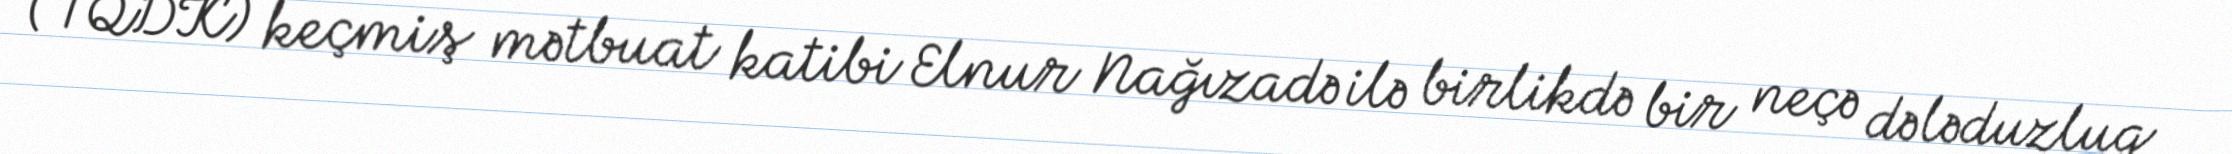
(TQDK) keçmiş mətbuat katibi Elnur Nağızadə ilə birlikdə bir neçə dələduzluq